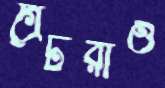
গ্রেটরাও